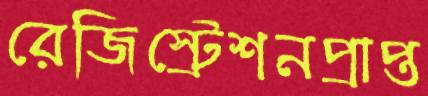
রেজিস্ট্রেশনপ্রাপ্ত